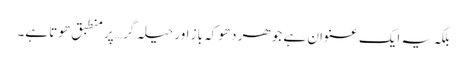
بلکہ یہ ایک عنوان ہے جو ھر دھوکہ باز اور حیلہ گر… پر منطبق ھوتا ہے۔